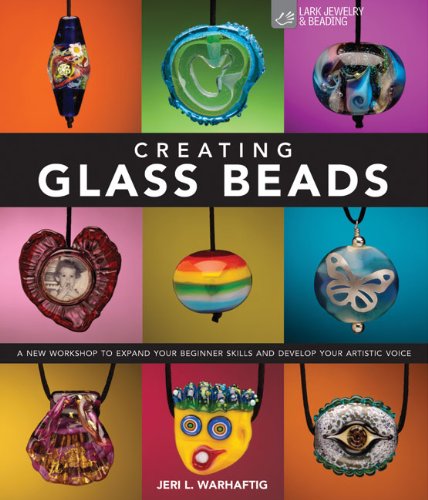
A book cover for Creating Glass Beads: A New Workshop to Expand Your Beginner Skills and Develop Your Artistic Voice; Jeri L. Warhaftig; Crafts, Hobbies & Home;